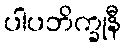
ပါပဘိက္ခုနီ